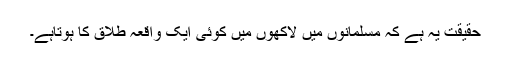
حقیقت یہ ہے کہ مسلمانوں میں لاکھوں میں کوئی ایک واقعہ طلاق کا ہوتاہے۔